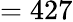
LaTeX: =427